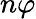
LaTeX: n\varphi